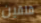
قلقين